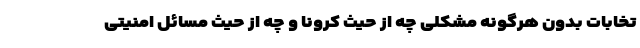
تخابات بدون هرگونه مشکلی چه از حیث کرونا و چه از حیث مسائل امنیتی